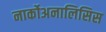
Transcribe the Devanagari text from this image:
नार्कोअनालिसिस